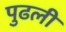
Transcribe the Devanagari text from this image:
पुढली